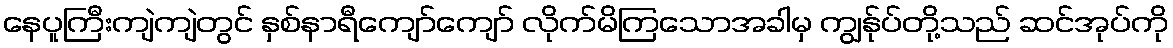
နေပူကြီးကျဲကျဲတွင် နှစ်နာရီကျော်ကျော် လိုက်မိကြသောအခါမှ ကျွန်ုပ်တို့သည် ဆင်အုပ်ကို